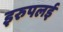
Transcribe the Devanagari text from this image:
इरुपलई